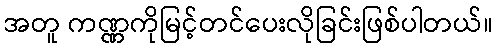
အတူ ကဏ္ဏကိုမြင့်တင်ပေးလိုခြင်းဖြစ်ပါတယ်။